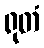
ရုတံ